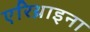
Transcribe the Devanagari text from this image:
एरिथ्राइना